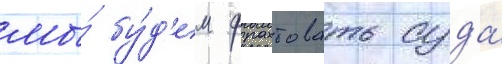
мы́ бу́д'ем фрахтовать суда́